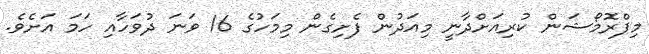
މިޕްރޮމޯޝަން ކުރިއަށްދާނީ މިއަދުން ފެށިގެން މިމަހުގެ 16 ވަނަ ދުވަހާއި ހަމަ އަށެވެ.